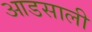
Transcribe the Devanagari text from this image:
आडसाली